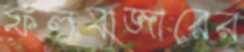
ফলবাজারের